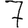
Digit: 7